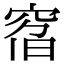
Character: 𥦇